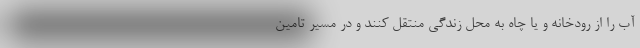
آب را از رودخانه و یا چاه به محل زندگی منتقل‌ کنند و در مسیر تامین